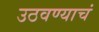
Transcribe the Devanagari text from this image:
उठवण्याचं